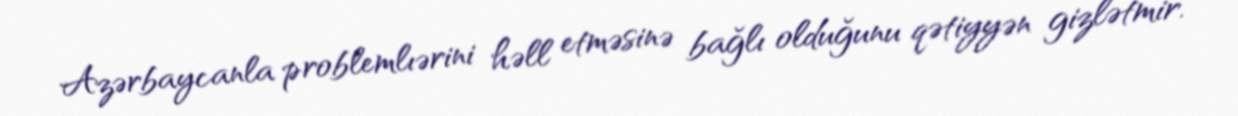
Azərbaycanla problemlıərini həll etməsinə bağlı olduğunu qətiyyən gizlətmir.